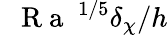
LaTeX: \mathrm{~\textit~{~R~a~}~}^{1/5}\delta_{\chi}/h